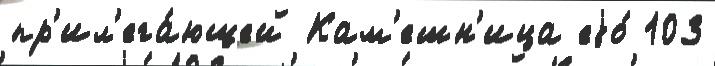
пр'ил'ега́ющей Кам'ешн'ица еjо́ 103